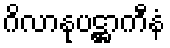
ဂိလာနုပဋ္ဌာကီနံ